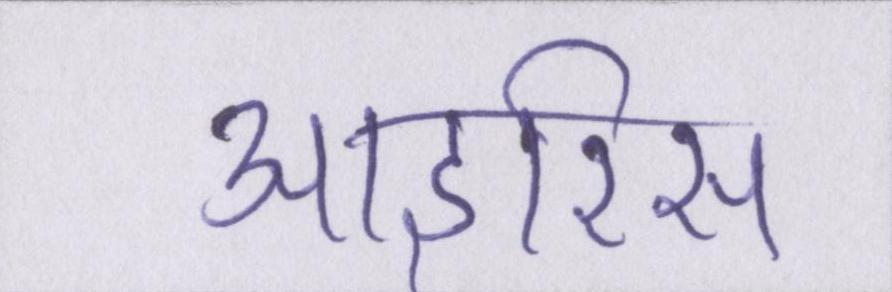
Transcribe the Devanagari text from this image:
आइरिस